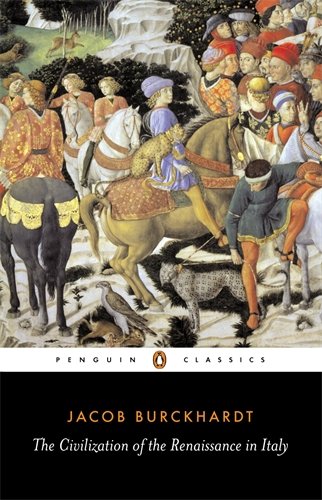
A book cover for The Civilization of the Renaissance in Italy (Penguin Classics); Jacob Burckhardt; History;